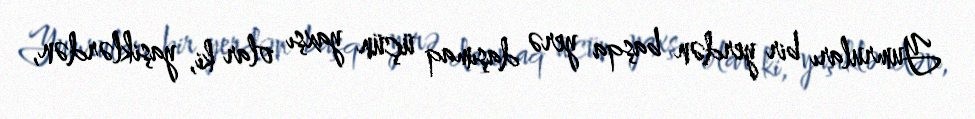
Yumruları bir yerdən başqa yerə daşımaq üçün yaxşı olar ki, yaşiklərdən,